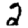
Digit: 2